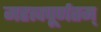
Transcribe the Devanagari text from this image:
महत्वपूर्णतम्